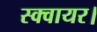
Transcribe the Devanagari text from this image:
स्क्वायर।